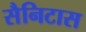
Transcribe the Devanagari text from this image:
सैनिटास